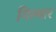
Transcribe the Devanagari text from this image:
गिल्मार